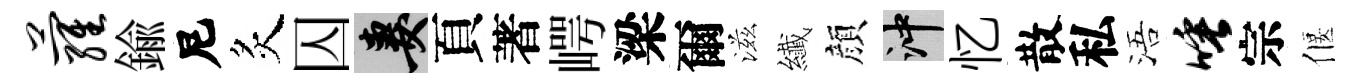
萝鍮尼炙囚妻頁著崿梁爾滋纎顔冲忆散私浯唾宗偃